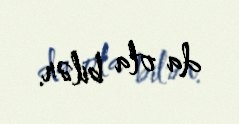
da ola bilər.